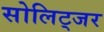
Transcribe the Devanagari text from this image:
सोलिट्जर